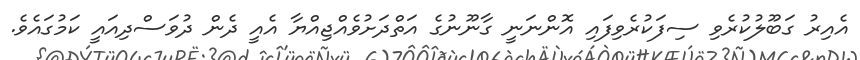
އެއިރު ގަބޫލުކުރެވި ސިފަކުރެވިފައި އޮންނަނީ ގާނޫނުގެ އަތްދަށުވެއްޖިއްޔާ އެއީ ދެން ދުވަސްދިއައީ ކަމުގައެވެ.